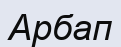
Арбап